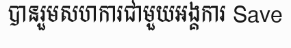
បានរួមសហការជាមួយអង្គការ Save